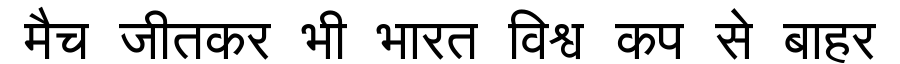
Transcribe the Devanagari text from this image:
मैच जीतकर भी भारत विश्व कप से बाहर